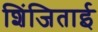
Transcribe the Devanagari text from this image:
शिंजिताई